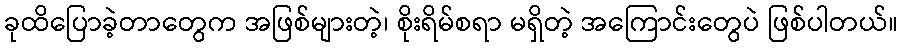
ခုထိပြောခဲ့တာတွေက အဖြစ်များတဲ့၊ စိုးရိမ်စရာ မရှိတဲ့ အကြောင်းတွေပဲ ဖြစ်ပါတယ်။